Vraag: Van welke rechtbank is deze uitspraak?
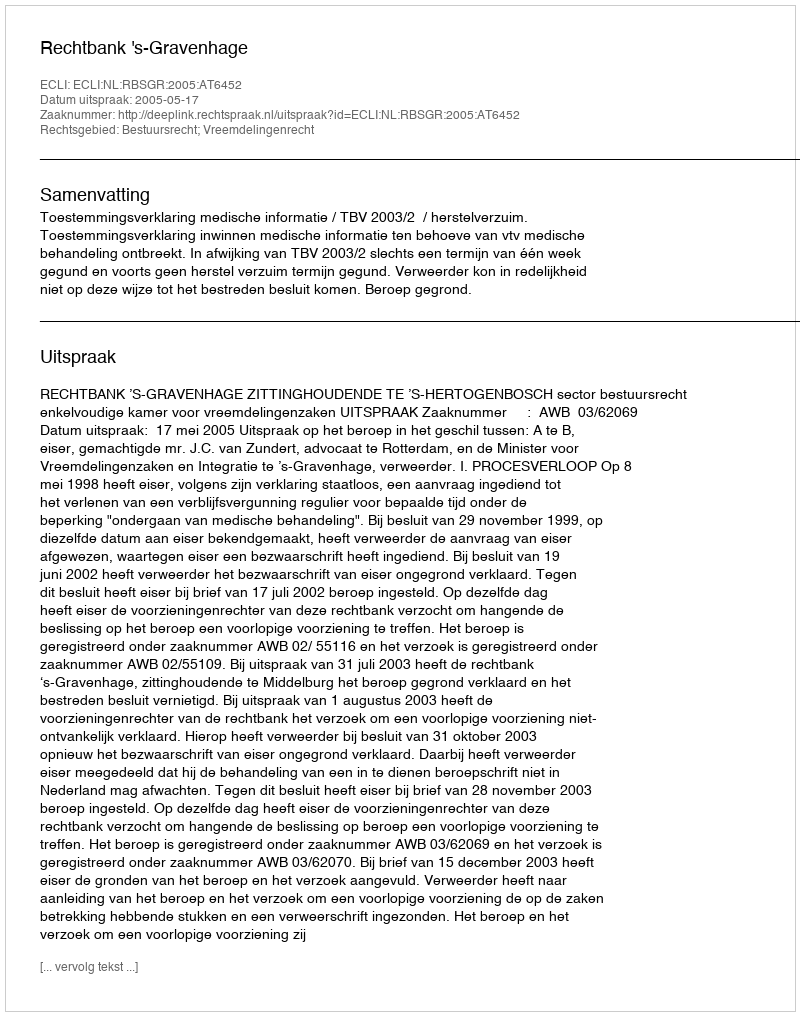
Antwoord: Rechtbank 's-Gravenhage